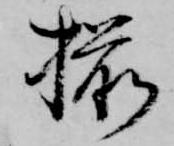
揃